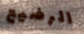
الرضيع